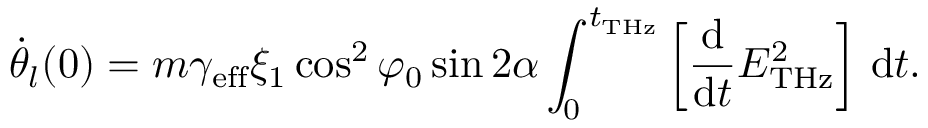
\dot { \theta } _ { l } ( 0 ) = m \gamma _ { \mathrm { e f f } } \xi _ { 1 } \cos ^ { 2 } \varphi _ { 0 } \sin 2 \alpha \int _ { 0 } ^ { t _ { \mathrm { T H z } } } \left[ \frac { \mathrm { d } } { \mathrm { d } t } E _ { \mathrm { T H z } } ^ { 2 } \right] \, \mathrm { d } t .